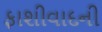
ફાશીવાદની